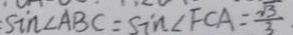
\sin \angle A B C = \sin \angle F C A = \frac { \sqrt { 3 } } { 3 }